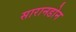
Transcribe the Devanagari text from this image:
सारानडोन